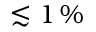
\lesssim 1 \, \%